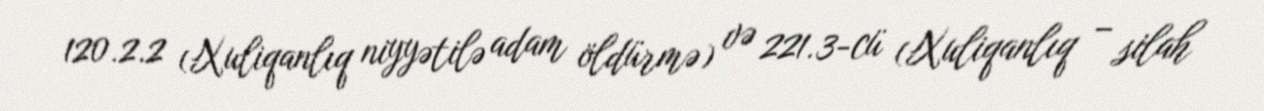
120.2.2 (Xuliqanlıq niyyətilə adam öldürmə) və 221.3-cü (Xuliqanlıq – silah